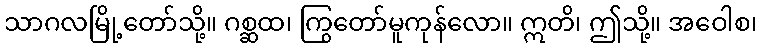
သာဂလမြို့တော်သို့။ ဂစ္ဆထ၊ ကြွတော်မူကုန်လော။ ဣတိ၊ ဤသို့။ အဝေါစ၊